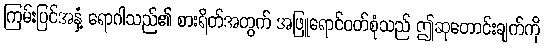
ကြမ်းပြင်အနှံ့ ရောဂါသည်၏ စားရိတ်အတွက် အဖြူရောင်ဝတ်စုံသည် ဤဆုတောင်းချက်ကို